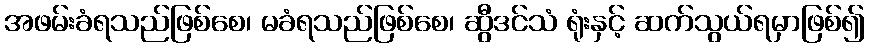
အဖမ်းခံရသည်ဖြစ်စေ၊ မခံရသည်ဖြစ်စေ၊ ဆွီဒင်သံ ရုံးနှင့် ဆက်သွယ်ရမှာဖြစ်၍